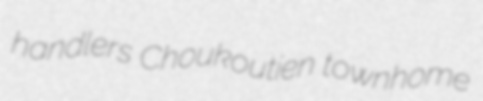
handlers Choukoutien townhome